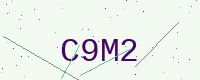
Text: C9M2